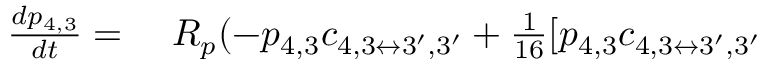
\begin{array} { r l } { \frac { d p _ { 4 , 3 } } { d t } = } & { { } ~ R _ { p } ( - p _ { 4 , 3 } c _ { 4 , 3 \leftrightarrow 3 ^ { \prime } , 3 ^ { \prime } } + \frac { 1 } { 1 6 } [ p _ { 4 , 3 } c _ { 4 , 3 \leftrightarrow 3 ^ { \prime } , 3 ^ { \prime } } } \end{array}